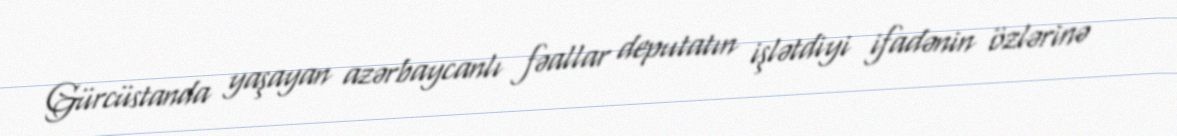
Gürcüstanda yaşayan azərbaycanlı fəallar deputatın işlətdiyi ifadənin özlərinə